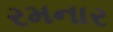
રમનાર